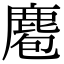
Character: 麅